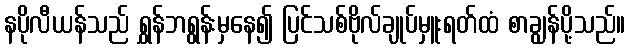
နပိုလီယန်သည် ရွှန်ဘရွန်းမှနေ၍ ပြင်သစ်ဗိုလ်ချုပ်မှူးရတ်ထံ စာချွန်ပို့သည်။